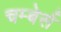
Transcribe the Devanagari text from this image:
चम्बेर्स